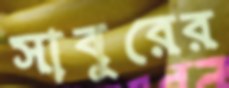
সাবুরের